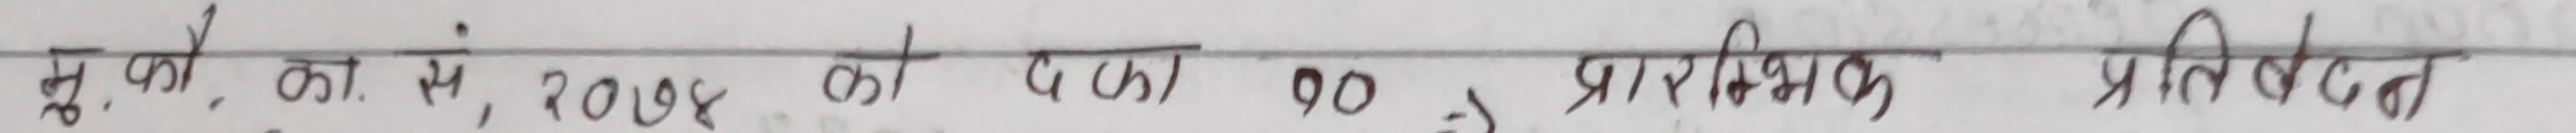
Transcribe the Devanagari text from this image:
मू. का. सं, २०१४ को द (क) १० प्रारंभिक प्रतिवेदन